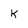
Character: k